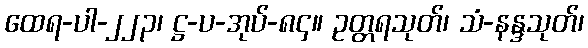
ထေရ-ပါ-၂၂၃၊ ဋ္ဌ-ပ-အုပ်-၈၄။ ဥတ္တရသုတ်၊ သံ-နန္ဒသုတ်၊